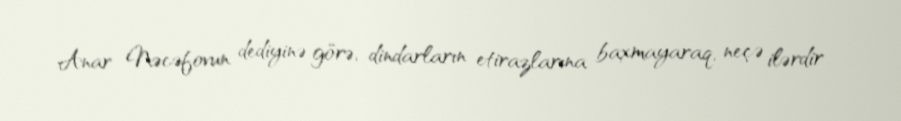
Anar Nəcəfovun dediyinə görə, dindarların etirazlarına baxmayaraq, neçə ilərdir